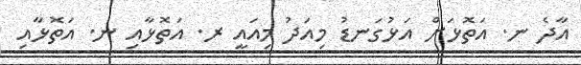
އާދެ ނ. އަތޮޅަށް އަޅުގަނޑު މިއަދު މިއައީ ރ. އަތޮޅާއި ނ. އަތޮޅާއި